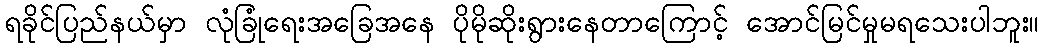
ရခိုင်ပြည်နယ်မှာ လုံခြုံရေးအခြေအနေ ပိုမိုဆိုးရွားနေတာကြောင့် အောင်မြင်မှုမရသေးပါဘူး။